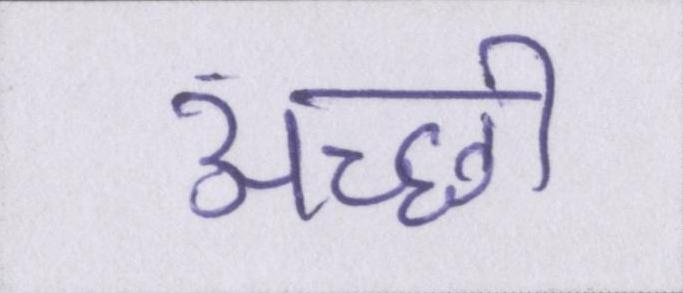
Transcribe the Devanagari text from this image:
अच्छी